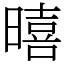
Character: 暿